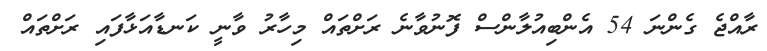
ރާއްޖެ ގެންނަ 54 އެންބިއުލާންސް ފޮނުވާނެ ރަށްތައް މިހާރު ވާނީ ކަނޑާއަޅާފައި ރަށްތައް